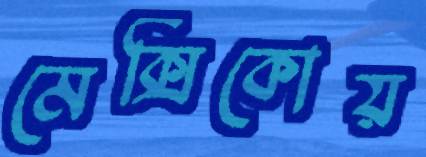
মেক্সিকোয়